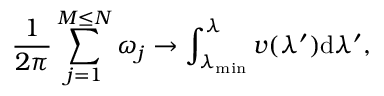
\frac { 1 } { 2 \pi } \sum _ { j = 1 } ^ { M \le N } \omega _ { j } \to \int _ { \lambda _ { \operatorname* { m i n } } } ^ { \lambda } v ( \lambda ^ { \prime } ) \mathrm { d } \lambda ^ { \prime } ,